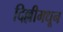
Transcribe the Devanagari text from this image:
दिल्लीमधून